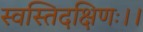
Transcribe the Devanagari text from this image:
स्वस्तिदक्षिणः।।